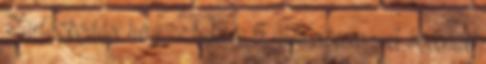
Tartózkodási hely : Nyster 5 ütés sikeres A bossnak